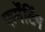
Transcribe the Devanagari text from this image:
फर्मेंटिंग